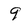
Character: 9